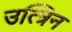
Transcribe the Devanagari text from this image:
उत्त्रिन